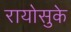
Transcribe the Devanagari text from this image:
रायोसुके